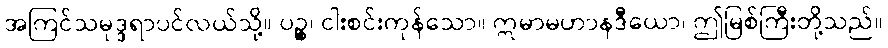
အကြင်သမုဒ္ဒရာပင်လယ်သို့။ ပဉ္စ၊ ငါးစင်းကုန်သော။ ဣမာမဟာနဒီယော၊ ဤမြစ်ကြီးတို့သည်။